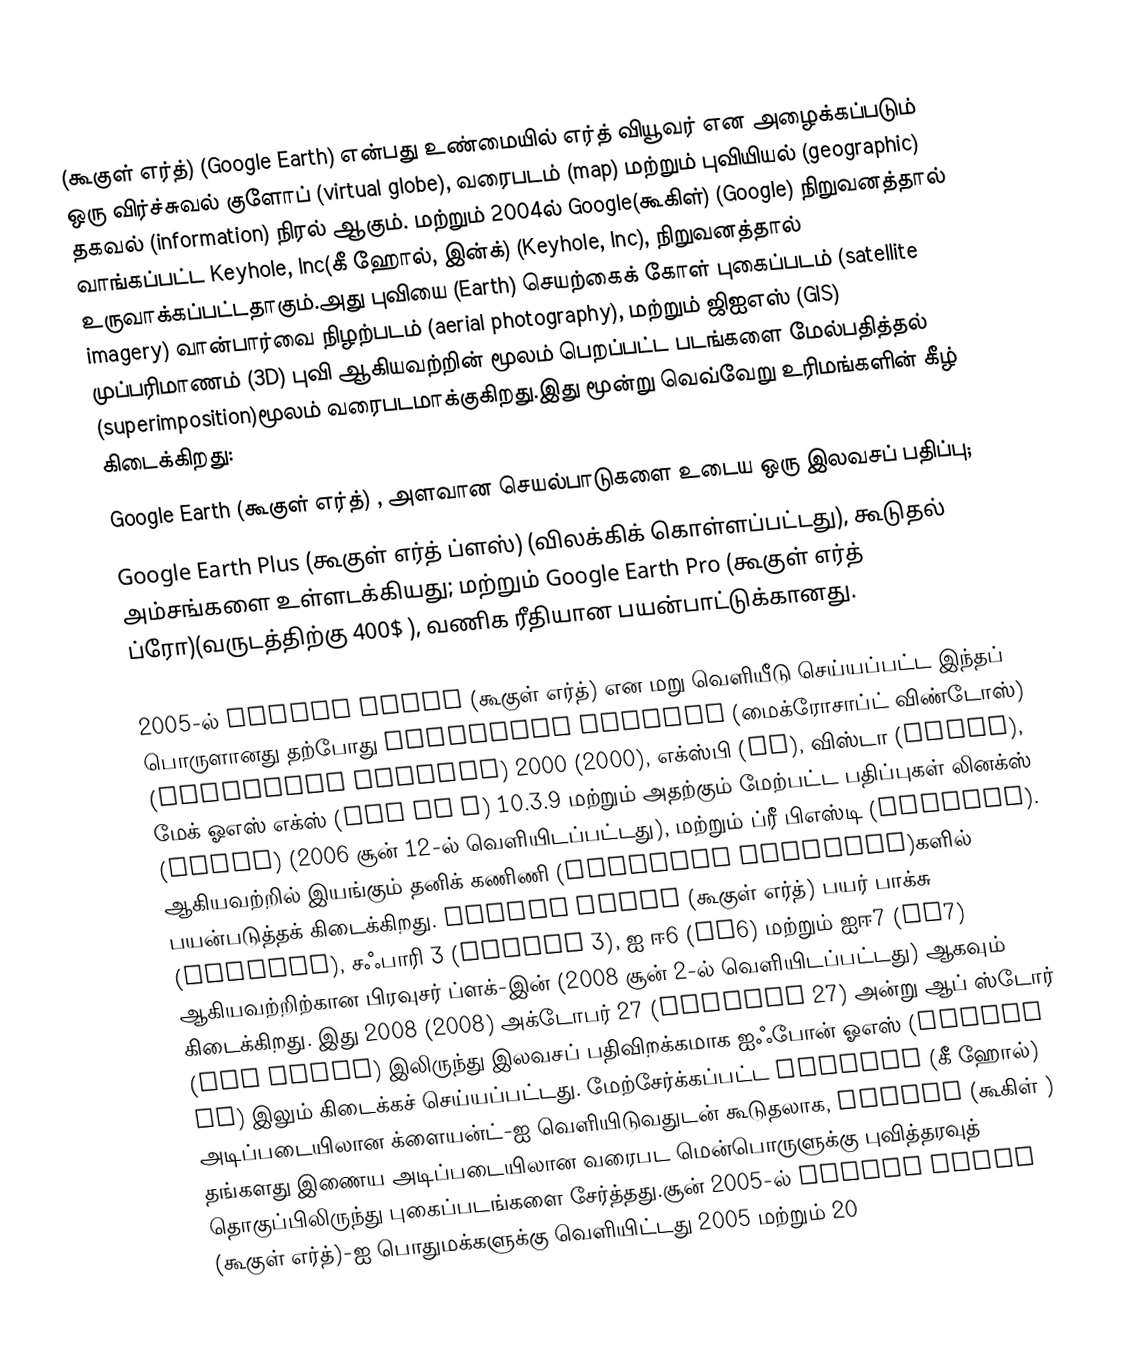
(கூகுள் எர்த்)   (Google Earth) என்பது உண்மையில் எர்த் வியூவர் என அழைக்கப்படும் ஒரு விர்ச்சுவல் குளோப்  (virtual globe), வரைபடம் (map) மற்றும் புவியியல் (geographic) தகவல் (information) நிரல் ஆகும். மற்றும்  2004ல் Google(கூகிள்) (Google) நிறுவனத்தால் வாங்கப்பட்ட Keyhole, Inc(கீ ஹோல், இன்க்)  (Keyhole, Inc), நிறுவனத்தால் உருவாக்கப்பட்டதாகும்.அது புவியை  (Earth) செயற்கைக் கோள் புகைப்படம்  (satellite imagery)  வான்பார்வை நிழற்படம்  (aerial photography),  மற்றும்  ஜிஐஎஸ்  (GIS) முப்பரிமாணம்  (3D) புவி ஆகியவற்றின் மூலம் பெறப்பட்ட படங்களை மேல்பதித்தல்  (superimposition)மூலம் வரைபடமாக்குகிறது.இது மூன்று வெவ்வேறு உரிமங்களின் கீழ் கிடைக்கிறது:
Google Earth (கூகுள் எர்த்) , அளவான செயல்பாடுகளை உடைய ஒரு இலவசப் பதிப்பு;
Google Earth Plus (கூகுள் எர்த் ப்ளஸ்) (விலக்கிக் கொள்ளப்பட்டது), கூடுதல் அம்சங்களை உள்ளடக்கியது; மற்றும் Google Earth Pro (கூகுள் எர்த் ப்ரோ)(வருடத்திற்கு 400$ ), வணிக ரீதியான பயன்பாட்டுக்கானது.

2005-ல் Google Earth (கூகுள் எர்த்) என மறு வெளியீடு செய்யப்பட்ட இந்தப் பொருளானது தற்போது Microsoft Windows (மைக்ரோசாப்ட் விண்டோஸ்) (Microsoft Windows) 2000 (2000), எக்ஸ்பி (XP), விஸ்டா (Vista), மேக் ஓஎஸ் எக்ஸ்  (Mac OS X) 10.3.9 மற்றும் அதற்கும் மேற்பட்ட பதிப்புகள் லினக்ஸ் (Linux) (2006 சூன் 12-ல் வெளியிடப்பட்டது), மற்றும் ப்ரீ பிஎஸ்டி  (FreeBSD). ஆகியவற்றில் இயங்கும் தனிக் கணிணி (personal computer)களில் பயன்படுத்தக் கிடைக்கிறது.  Google Earth (கூகுள் எர்த்) பயர் பாக்சு  (Firefox),  சஃபாரி 3  (Safari 3),  ஐ ஈ6 (IE6) மற்றும்  ஐஈ7 (IE7) ஆகியவற்றிற்கான பிரவுசர் ப்ளக்-இன் (2008 சூன் 2-ல் வெளியிடப்பட்டது) ஆகவும் கிடைக்கிறது.  இது  2008 (2008)  அக்டோபர் 27  (October 27) அன்று  ஆப் ஸ்டோர்  (App Store) இலிருந்து இலவசப் பதிவிறக்கமாக  ஐஃபோன் ஓஎஸ் (iPhone OS) இலும் கிடைக்கச் செய்யப்பட்டது. மேற்சேர்க்கப்பட்ட   Keyhole (கீ ஹோல்) அடிப்படையிலான க்ளையன்ட்-ஐ வெளியிடுவதுடன் கூடுதலாக, Google  (கூகிள் ) தங்களது இணைய அடிப்படையிலான வரைபட  மென்பொருளுக்கு புவித்தரவுத் தொகுப்பிலிருந்து புகைப்படங்களை சேர்த்தது.சூன் 2005-ல் Google Earth (கூகுள் எர்த்)-ஐ பொதுமக்களுக்கு வெளியிட்டது 2005 மற்றும் 20